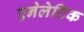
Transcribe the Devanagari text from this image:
एनेलेटिक